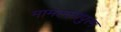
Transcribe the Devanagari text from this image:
मामल्‍लापुरम